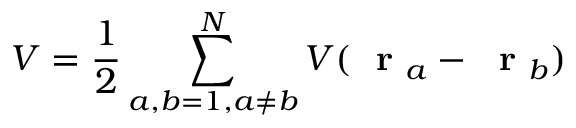
V = \frac { 1 } { 2 } \sum _ { a , b = 1 , a \ne b } ^ { N } V ( \mathrm { ~ \bf ~ r ~ } _ { a } - \mathrm { ~ \bf ~ r ~ } _ { b } )